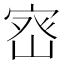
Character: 𭓽